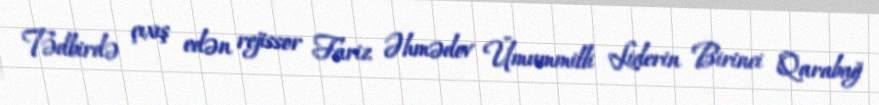
Tədbirdə çıxış edən rejissor Fariz Əhmədov Ümummilli Liderin Birinci Qarabağ